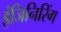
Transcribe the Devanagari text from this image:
इंजिनिरिंग